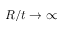
R / t \rightarrow \infty